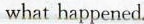
what happened.